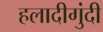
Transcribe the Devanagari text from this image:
हलादीगुंदी